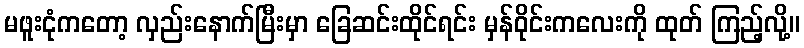
မဖူးငုံကတော့ လှည်းနောက်မြီးမှာ ခြေဆင်းထိုင်ရင်း မှန်ဝိုင်းကလေးကို ထုတ် ကြည့်လို့။